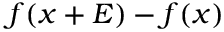
f ( x + E ) - f ( x )